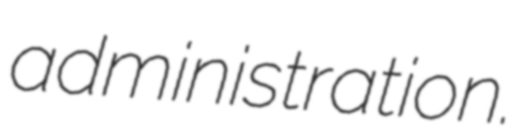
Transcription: administration.